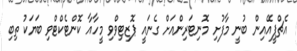
އެޗްޕީއޭއިން ބުނީ މާފުށި މޮނިޓަރިންއަށް ގެނައީ ޕޮޒިޓިވްވި މީހާއާ ކޮންޓެކްޓްވި ބަޔަކު ތިބި